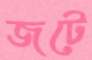
জটে